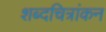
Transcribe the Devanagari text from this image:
शब्दचित्रांकन